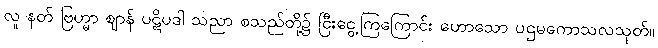
လူ နတ် ဗြဟ္မာ ဈာန် ပဋိပဒါ သညာ စသည်တို့၌ ငြီးငွေ့ကြကြောင်း ဟောသော ပဌမကောသလသုတ်။